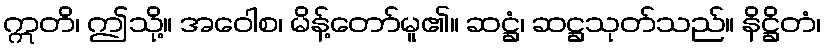
ဣတိ၊ ဤသို့။ အဝေါစ၊ မိန့်တော်မူ၏။ ဆဋ္ဌံ၊ ဆဋ္ဌသုတ်သည်။ နိဋ္ဌိတံ၊